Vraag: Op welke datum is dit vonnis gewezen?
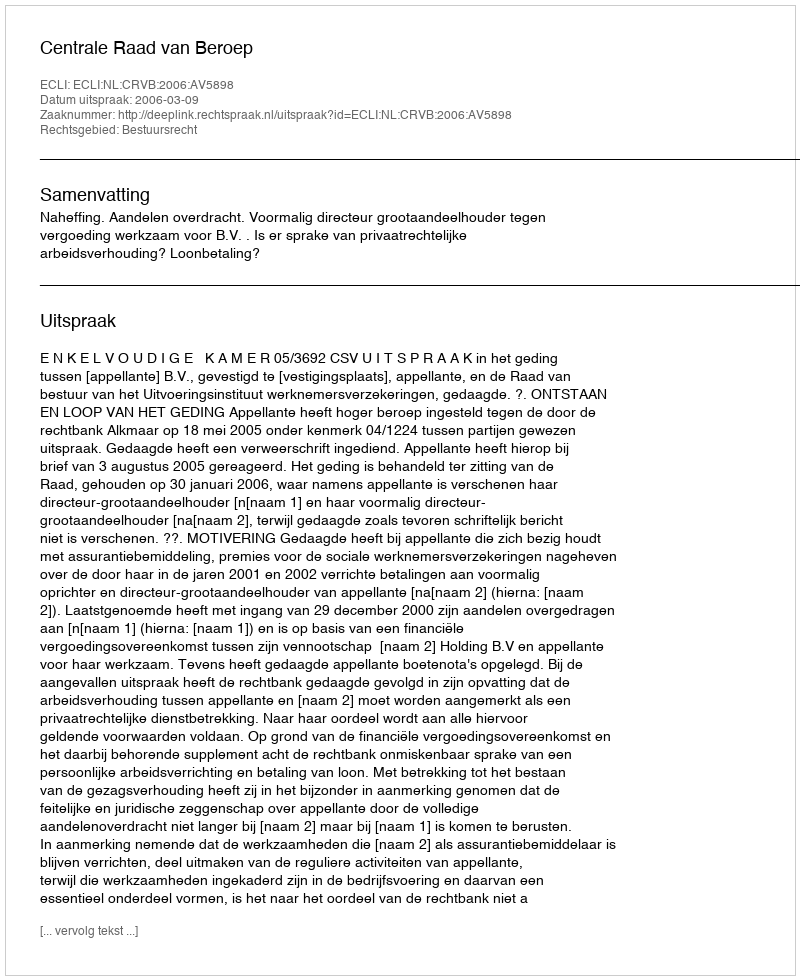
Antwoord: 2006-03-09